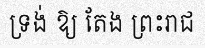
ទ្រង់ ឱ្យ តែង ព្រះរាជ